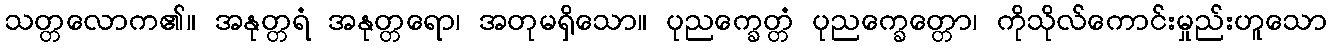
သတ္တလောက၏။ အနုတ္တရံ အနုတ္တရော၊ အတုမရှိသော။ ပုညက္ခေတ္တံ ပုညက္ခေတ္တော၊ ကိုသိုလ်ကောင်းမှုည်းဟူသော